Annual report on the health of the army in India
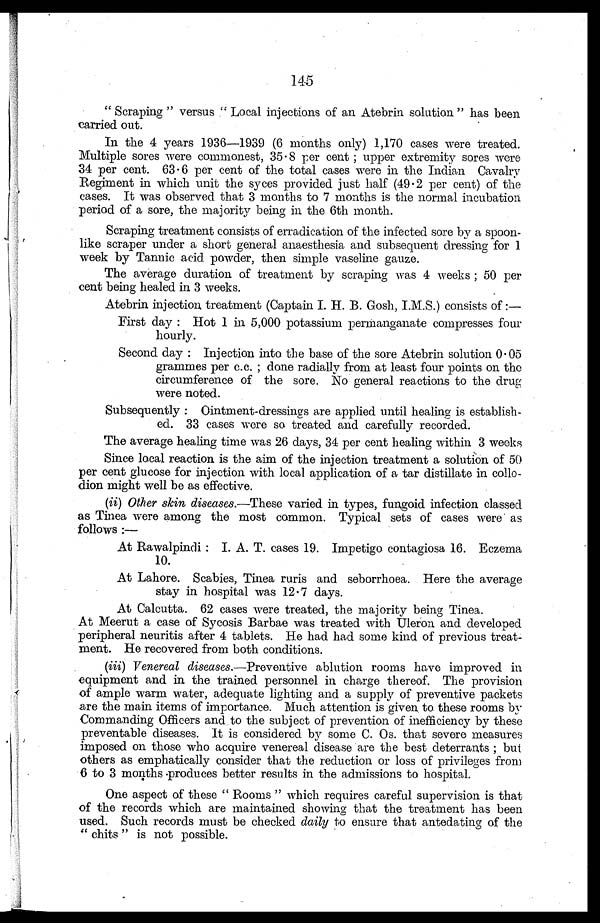
145
"Scraping" versus "Local injections of an Atebrin solution" has been
carried out.
In the 4 years 1936—1939 (6 months only) 1,170 cases were treated.
Multiple sores were commonest, 35.8 per cent; upper extremity sores were
34 per cent. 63.6 per cent of the total cases were in the Indian Cavalry
Regiment in which unit the syces provided just half (49.2 per cent) of the
cases. It was observed that 3 months to 7 months is the normal incubation
period of a sore, the majority being in the 6th month.
Scraping treatment consists of erradication of the infected sore by a spoon-
like scraper under a short general anaesthesia and subsequent dressing for 1
week by Tannic acid powder, then simple vaseline gauze.
The average duration of treatment by scraping was 4 weeks; 50 per
cent being healed in 3 weeks.
Atebrin injection treatment (Captain I. H. B. Gosh, I.M.S.) consists of:
—
First day: Hot 1 in 5,000 potassium permanganate compresses four
hourly.
Second day: Injection into the base of the sore Atebrin solution 0.05
grammes per c.c.; done radially from at least four points on the
circumference of the sore. No general reactions to the drug
were noted.
Subsequently: Ointment-dressings are applied until healing is establish-
ed. 33 cases were so treated and carefully recorded.
The average healing time was 26 days, 34 per cent healing within 3 weeks
Since local reaction is the aim of the injection treatment a solution of 50
per cent glucose for injection with local application of a tar distillate in collo
-dion might well be as effective.
(ii) Other skin diseases.—These varied in types, fungoid infection classed
as Tinea were among the most common. Typical sets of cases were as
follows:
—
At Rawalpindi: I. A. T. cases 19. Impetigo contagiosa 16. Eczema
10.
At Lahore. Scabies, Tinea ruris and seborrhoea. Here the average
stay in hospital was 12.7 days.
At Calcutta. 62 cases were treated, the majority being Tinea.
At Meerut a case of Sycosis Barbae was treated with Uleron and developed
peripheral neuritis after 4 tablets. He had had some kind of previous treat
-ment. He recovered from both conditions.
(iii) Venereal diseases. —Preventive ablution rooms have improved in
equipment and in the trained personnel in charge thereof. The provision
of ample warm water, adequate lighting and a supply of preventive packets
are the main items of importance. Much attention is given to these rooms by
Commanding Officers and to the subject of prevention of inefficiency by these
preventable diseases. It is considered by some C. Os. that severe measures
imposed on those who acquire venereal disease are the best deterrants; but
others as emphatically consider that the reduction or loss of privileges from
6 to 3 months produces better results in the admissions to hospital.
One aspect of these "Rooms" which requires careful supervision is that
of the records which are maintained showing that the treatment has been
used. Such records must be checked daily to ensure that antedating of the
"chits" is not possible.